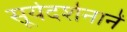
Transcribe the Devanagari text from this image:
सूर्यदर्शनानें